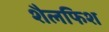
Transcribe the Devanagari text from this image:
शैलफिश